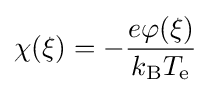
\chi (\xi )=-{\frac {e\varphi (\xi )}{k_{\mathrm {B} }T_{\mathrm {e} }}}